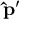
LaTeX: \mathbf { \hat { p } } ^ { \prime }